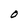
Character: O